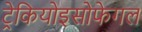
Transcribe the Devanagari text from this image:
ट्रेकियोइसोफेगल